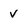
Character: v